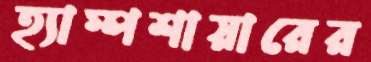
হ্যাম্পশায়ারের